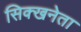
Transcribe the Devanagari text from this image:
सिक्खनेता